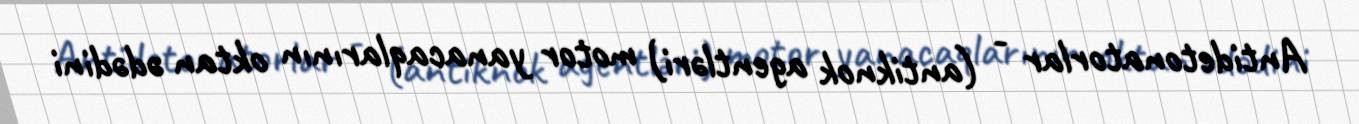
Antidetonatorlar - (antiknok agentləri) motor yanacaqlarının oktan ədədini